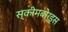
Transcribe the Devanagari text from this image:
स्कीमबोर्ड्स